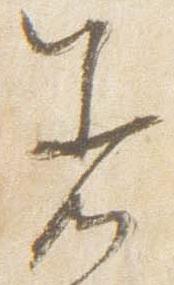
着